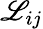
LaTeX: \mathscr{L}_{ij}